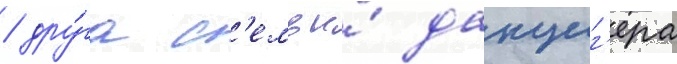
/ дру́га с'емьи́ данциг'ера